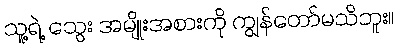
သူ့ရဲ့ သွေး အမျိုးအစားကို ကျွန်တော်မသိဘူး။